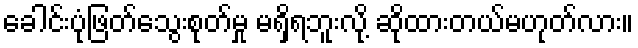
ခေါင်းပုံဖြတ်သွေးစုတ်မှု မရှိရဘူးလို့ ဆိုထားတယ်မဟုတ်လား။